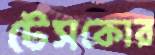
টেসকোর